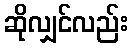
ဆိုလျှင်လည်း